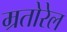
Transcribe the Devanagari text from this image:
म्रतोरेल